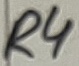
Text: R4